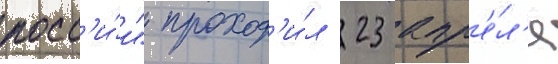
росс'и́и" проход'и́л 23 апр'е́л'я